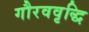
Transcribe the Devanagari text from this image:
गौरववृद्धि